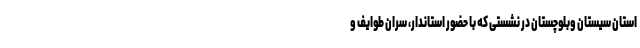
استان سیستان وبلوچستان در نشستی که با حضور استاندار، سران طوایف و